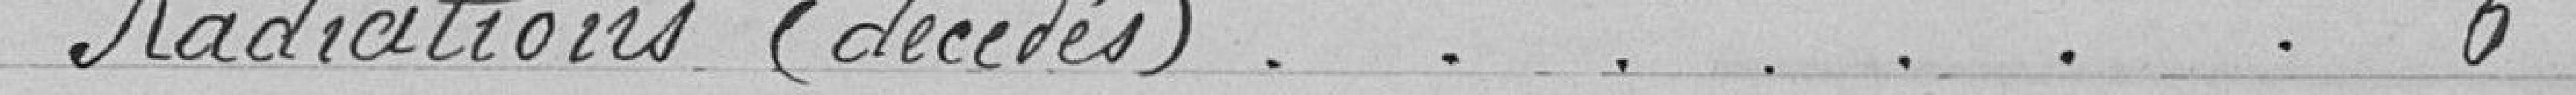
Radiations (décédés)...............................................6